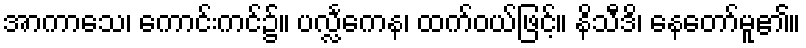
အာကာသေ၊ ကောင်းကင်၌။ ပလ္လင်္ကေန၊ ထက်ဝယ်ဖြင့်။ နိသီဒိ၊ နေတော်မူ၏။